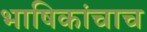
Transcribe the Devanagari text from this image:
भाषिकांचाच